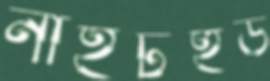
নাইটহুড